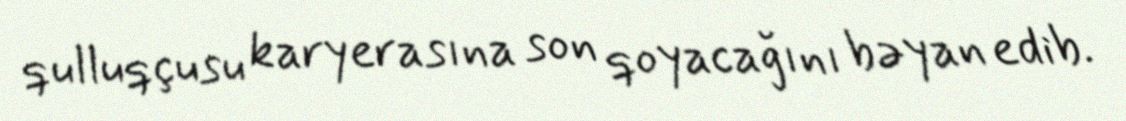
qulluqçusu karyerasına son qoyacağını bəyan edib.